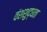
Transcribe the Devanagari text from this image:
वंशशुद्धता